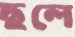
ছলে